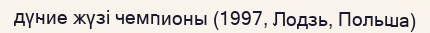
дүние жүзі чемпионы (1997, Лодзь, Польша)